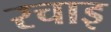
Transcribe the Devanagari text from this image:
रचाइ